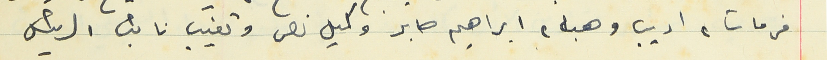
فرحات، اديب وهبه، ابراهيم صابر وكميل نصر وتغيب نائب الرئيس